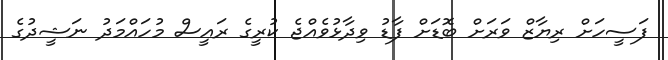
ފަސީހަށް ރިޔާޒް ވަރަށް ބޮޑަށް ފާޑު ވިދާޅުވެއްޖެ ކުރީގެ ރައީސް މުހައްމަދު ނަޝީދުގެ